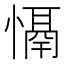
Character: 𢡤